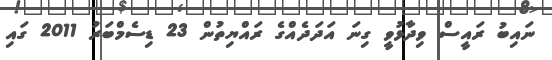
ނައިބު ރައީސް ވިދާޅުވީ ގިނަ އަދަދެއްގެ ރައްޔިތުންް 23 ޑިސެމްބަރު 2011 ގައި